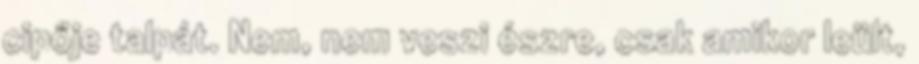
cipője talpát. Nem, nem veszi észre, csak amikor leült,